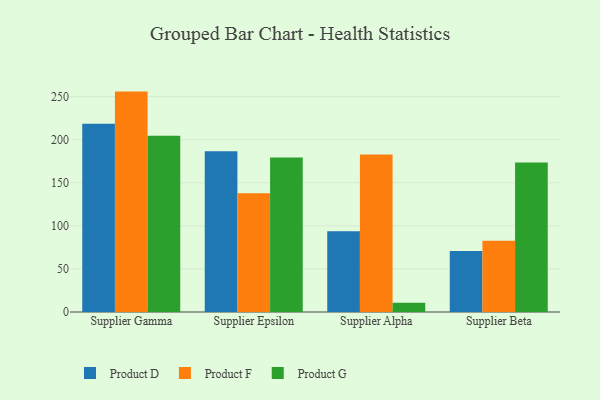
{"axis": {"x": "Supplier", "y": "Temperature (°C)"}, "legend": ["Product D", "Product F", "Product G"], "data": [{"x": "Supplier Gamma", "y": 218.7, "type": "Product D"}, {"x": "Supplier Gamma", "y": 255.9, "type": "Product F"}, {"x": "Supplier Gamma", "y": 204.7, "type": "Product G"}, {"x": "Supplier Epsilon", "y": 186.6, "type": "Product D"}, {"x": "Supplier Epsilon", "y": 138.0, "type": "Product F"}, {"x": "Supplier Epsilon", "y": 179.5, "type": "Product G"}, {"x": "Supplier Alpha", "y": 93.9, "type": "Product D"}, {"x": "Supplier Alpha", "y": 182.8, "type": "Product F"}, {"x": "Supplier Alpha", "y": 10.8, "type": "Product G"}, {"x": "Supplier Beta", "y": 70.7, "type": "Product D"}, {"x": "Supplier Beta", "y": 82.8, "type": "Product F"}, {"x": "Supplier Beta", "y": 173.5, "type": "Product G"}]}